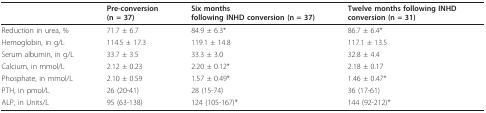
<table><thead><tr><td></td><td><b>Pre-conversion(n = 37)</b></td><td><b>Six monthsfollowing INHD conversion (n = 37)</b></td><td><b>Twelve months following INHD conversion (n = 31)</b></td></tr></thead><tbody><tr><td>Reduction in urea, %</td><td>71.7 ± 6.7</td><td>84.9 ± 6.3*</td><td>86.7 ± 6.4*</td></tr><tr><td>Hemoglobin, in g/L</td><td>114.5 ± 17.3</td><td>119.1 ± 14.8</td><td>117.1 ± 13.5</td></tr><tr><td>Serum albumin, in g/L</td><td>33.7 ± 3.5</td><td>33.3 ± 3.0</td><td>32.8 ± 4.4</td></tr><tr><td>Calcium, in mmol/L</td><td>2.12 ± 0.23</td><td>2.20 ± 0.12*</td><td>2.18 ± 0.17</td></tr><tr><td>Phosphate, in mmol/L</td><td>2.10 ± 0.59</td><td>1.57 ± 0.49*</td><td>1.46 ± 0.47*</td></tr><tr><td>PTH, in pmol/L</td><td>26 (20-41)</td><td>28 (15-74)</td><td>36 (17-61)</td></tr><tr><td>ALP, in Units/L</td><td>95 (63-138)</td><td>124 (105-167)*</td><td>144 (92-212)*</td></tr></tbody></table>